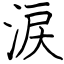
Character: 涙